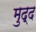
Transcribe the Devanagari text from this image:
मुद्द